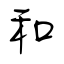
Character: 和